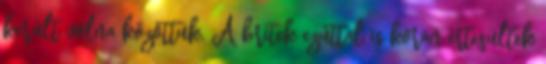
került volna közöttük. A britek ezúttal is korán értesültek